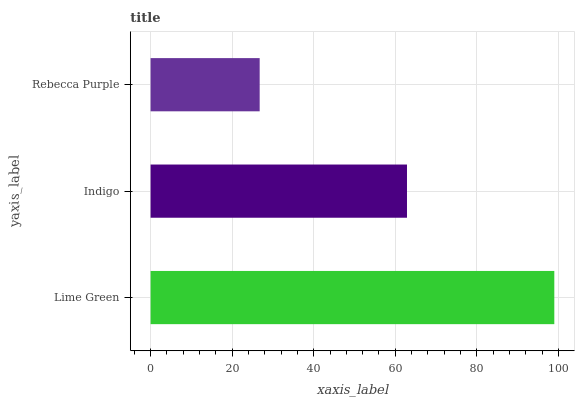
| yaxis_label | bars |
 | --- | --- |
 | Lime Green | 99 |
 | Indigo | 62.9 |
 | Rebecca Purple | 26.8 |